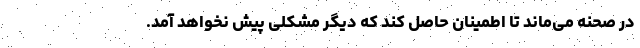
در صحنه می‌ماند تا اطمینان حاصل کند که دیگر مشکلی پیش نخواهد آمد.